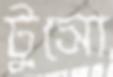
টুসো